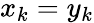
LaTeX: x_{k}=y_{k}